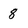
Character: 8